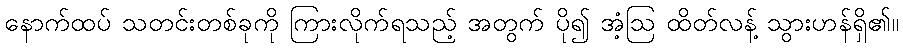
နောက်ထပ် သတင်းတစ်ခုကို ကြားလိုက်ရသည့် အတွက် ပို၍ အံ့ဩ ထိတ်လန့် သွားဟန်ရှိ၏။